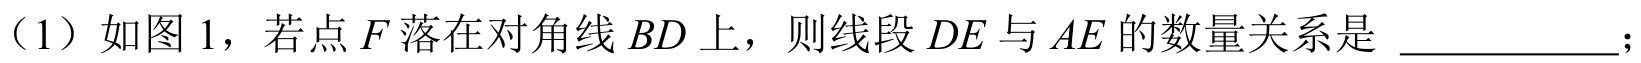
（1）如图1，若点\(F\)落在对角线\(BD\)上，则线段\(DE\)与\(AE\)的数量关系是 \_\_\_\_\_ ；